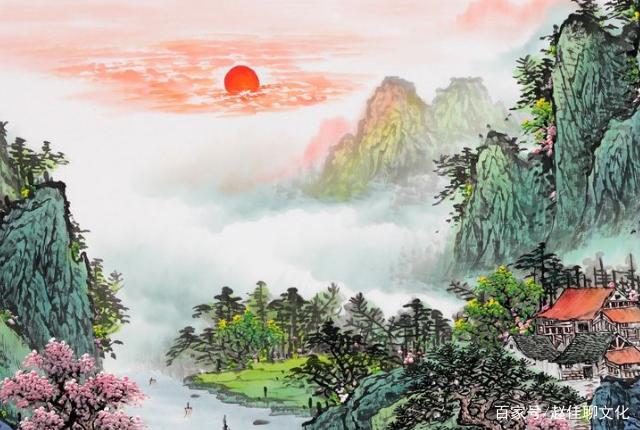
先行其言而后从之。